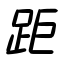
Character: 距